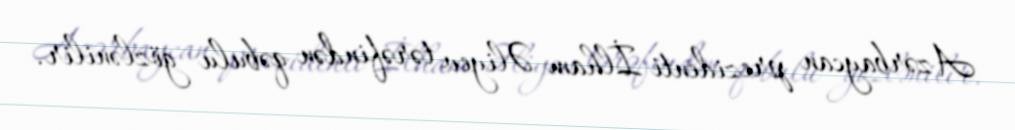
Azərbaycan prezidenti İlham Əliyev tərəfindən qəbulu gözlənilir.